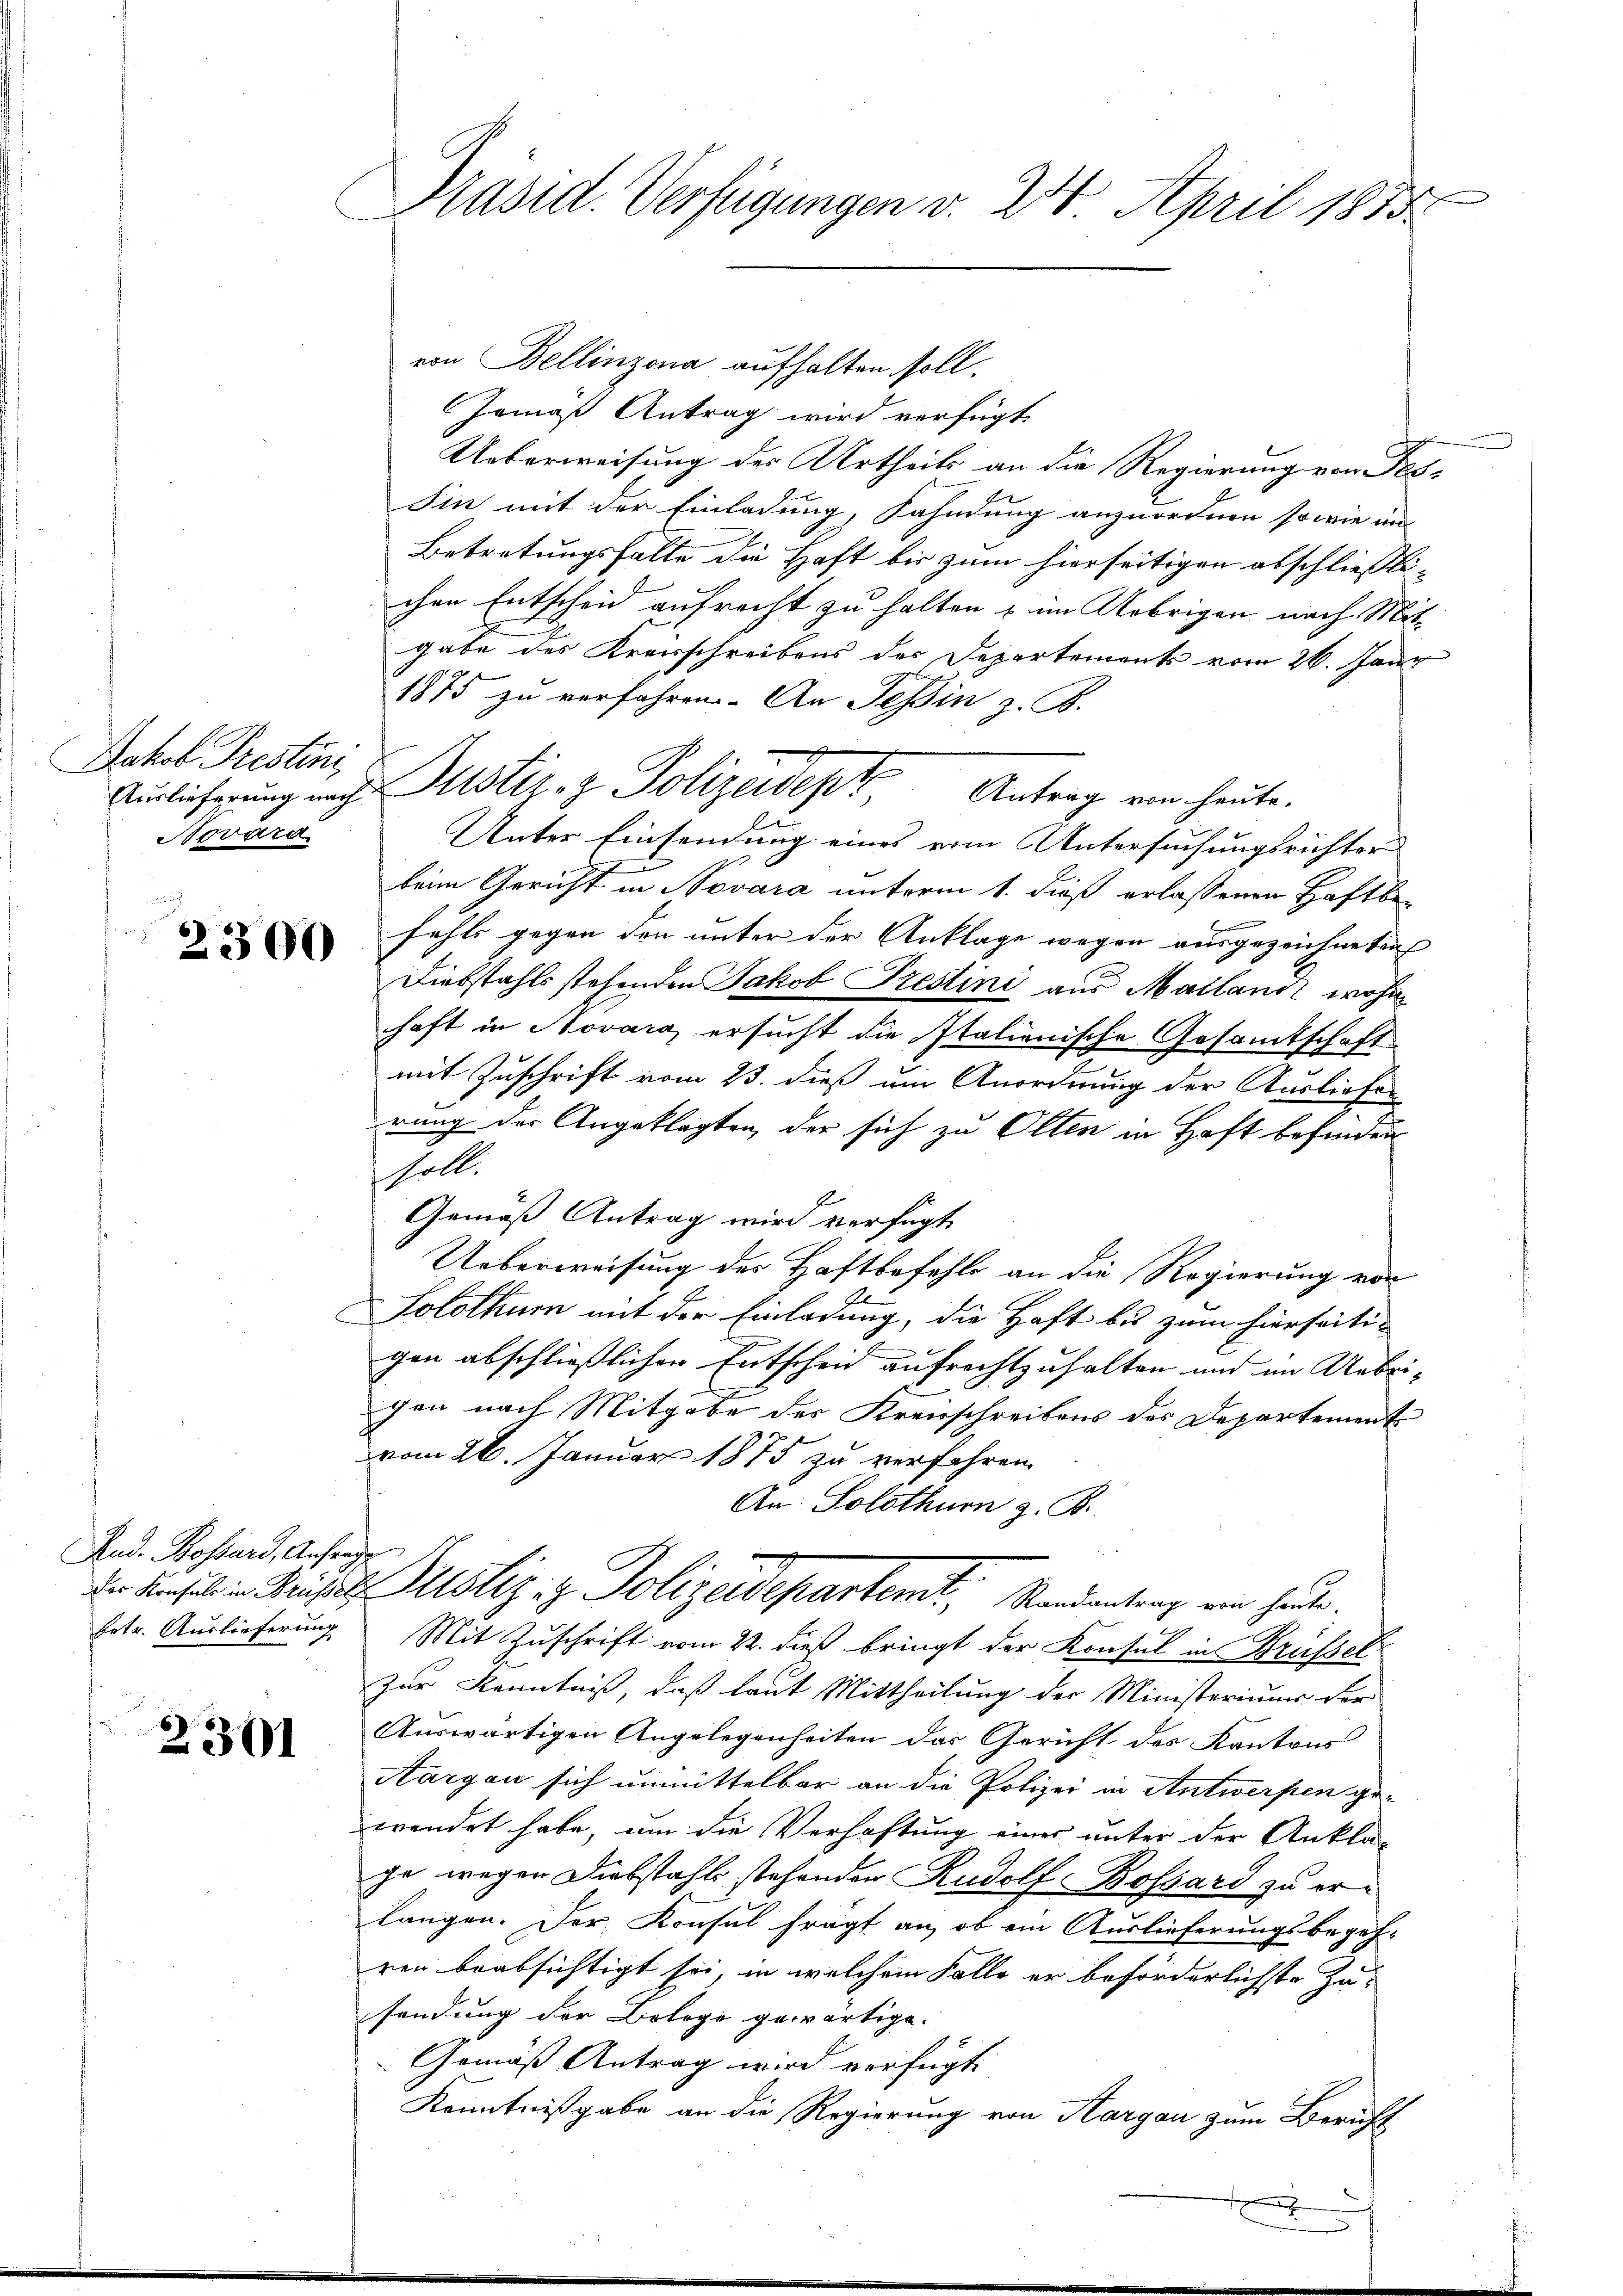
Jakob Prestini,
Novara

2300

Rud. Bossard, Anfer
betr. Auslieferung

236

E

.
Präsid. Verfügungen v. 24. April 1855.

von Bellinzona aufhalten soll.
Gemäß Antrag wird verfügt:
Ueberweisung des Urtheils an die Regierung von Tes-
Sin mit der Einladung, Fahndung anzuordnen sowie im
Betretungsfalle die Haft bis zum hierseitigen abschliessti- |
chen Entscheid aufrecht zu halten & im Uebrigen nach Mit-
gabe des Kreisschreibens des Departements vom 26. Janu
1875 zu verfahren. An Tessin z. B.
e
Unter Einsendung eines vom Untersuchungsrichter
s
beim Gericht in Novara unterm 1. dieß erlassenen Haftbe-
fehls gegen den unter der Anklage wegen ausgezeichneten
Diebstahls stehenden Jakob Trestini aus Mailand wohin
haft in Novara, ersucht die Italienische Gesamtschaft
u
mit Zuschrift vom 23. dieß um Anordnung der Ausliefer
rung der Angeklagten, der sich zu Olten in Haft befinden
soll.
Gemäß Antrag wird verfügt
Ueberweisung des Haftbefehle an die Regierung von
Solothurn mit der Einladung, die Haft bis zum hierseiti¬
E
gen abschließlichen Entscheid aufrechtzuhalten und im Uebrigen nach Mitgabe des Kreisschreibens des Departement
7
vom 26. Januar 1875 zu verfahren.
An: Solothurn z. B.
d
de Insel in Brises Poliz & Polizeidepartemt, Randantrag von heute.
Mit Zuschrift vom 22. dieß bringt der Konsul in Grüssel
Zur Kenntniß, daß laut Mittheilung der Ministeriums der
Auswärtigen Angelegenheiten das Gericht des Kantons
Aargau sich unmittelbar an die Polizei in Antwerpen ge-
wendet habe, um die Verhaftung einer unter der Ankla-
ge wegen Diebstahls stehenden Rudolf Bossard zu erlangen. Der Konsul fragt an, ob ein Auslieferungsbegeh-
ren beabsichtigt sei, in welchem Falle er beförderlichste Zusendung der Belege gewärtige.
Gemäß Antrag wird verfügt:
Kenntnißgabe an die Regierung von Aargau zum Bericht
x

Auslicherung nach Justiz- & Polizeidept, Antrag von heute,